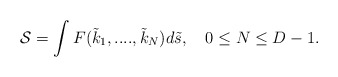
\begin{align*}{\cal S} =\int F({\tilde k}_1,....,{\tilde k}_N)d{\tilde s},\quad 0\leq N\leq D-1 .\end{align*}